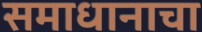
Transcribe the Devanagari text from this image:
समाधानाचा